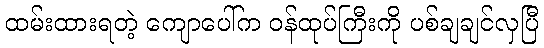
ထမ်းထားရတဲ့ ကျောပေါ်က ဝန်ထုပ်ကြီးကို ပစ်ချချင်လှပြီ